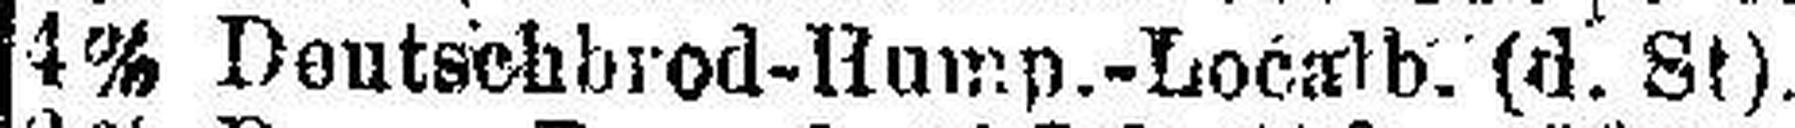
4% Deutschbrod-Hump.-Localb. (d. St).